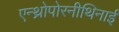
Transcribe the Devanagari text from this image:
एन्थ्रोपोरनीथिनाई